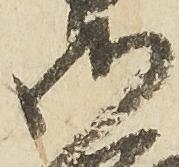
御